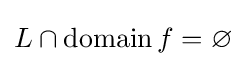
L\cap \operatorname {domain} f=\varnothing